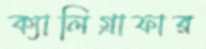
ক্যালিগ্রাফার